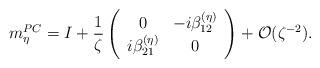
LaTeX: \begin{align*} m^{PC}_{\eta}=I+\frac{1}{\zeta} \left(\begin{array}{cc} 0 & -i\beta^{(\eta)}_{12}\\ i\beta^{(\eta)}_{21} & 0 \end{array}\right)+\mathcal{O}(\zeta^{-2}). \end{align*}